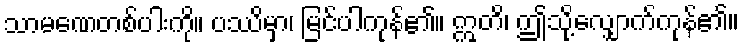
သာမဏေတစ်ပါးကို။ ပဿိမှာ၊ မြင်ပါကုန်၏။ ဣတိ၊ ဤသို့လျှောက်ကုန်၏။